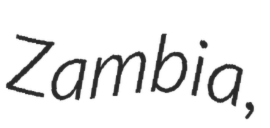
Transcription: Zambia,